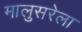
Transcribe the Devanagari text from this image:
मालुसरेला